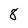
Character: 8